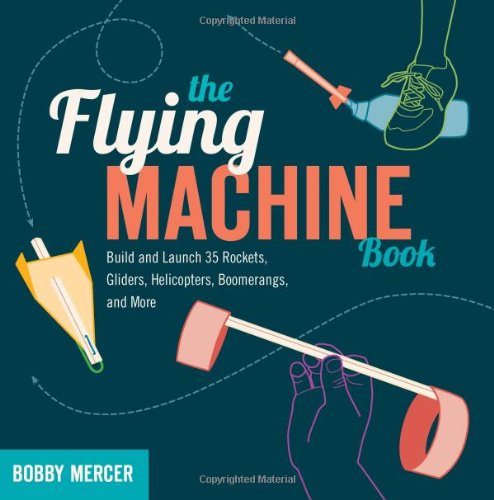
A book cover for The Flying Machine Book: Build and Launch 35 Rockets, Gliders, Helicopters, Boomerangs, and More (Science in Motion); Bobby Mercer; Science & Math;